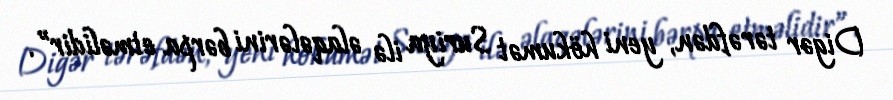
Digər tərəfdən, yeni hökumət Suriya ilə əlaqələrini bərpa etməlidir”.